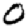
Digit: 0